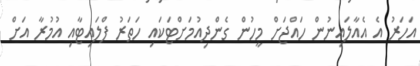
އަހަރު އެ އެއާލައިނުން ހައްޖަށް މީހުން ގެންދިއުމަށްޓަކައި ހަތަރު ފްލައިޓާއި އުމުރާ އަށް